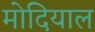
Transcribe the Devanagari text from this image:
मोदियाल